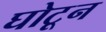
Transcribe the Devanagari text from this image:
घोटून